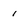
Character: 1